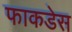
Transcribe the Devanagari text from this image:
फाकडेस